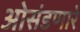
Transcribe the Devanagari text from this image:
ओसंडणारे